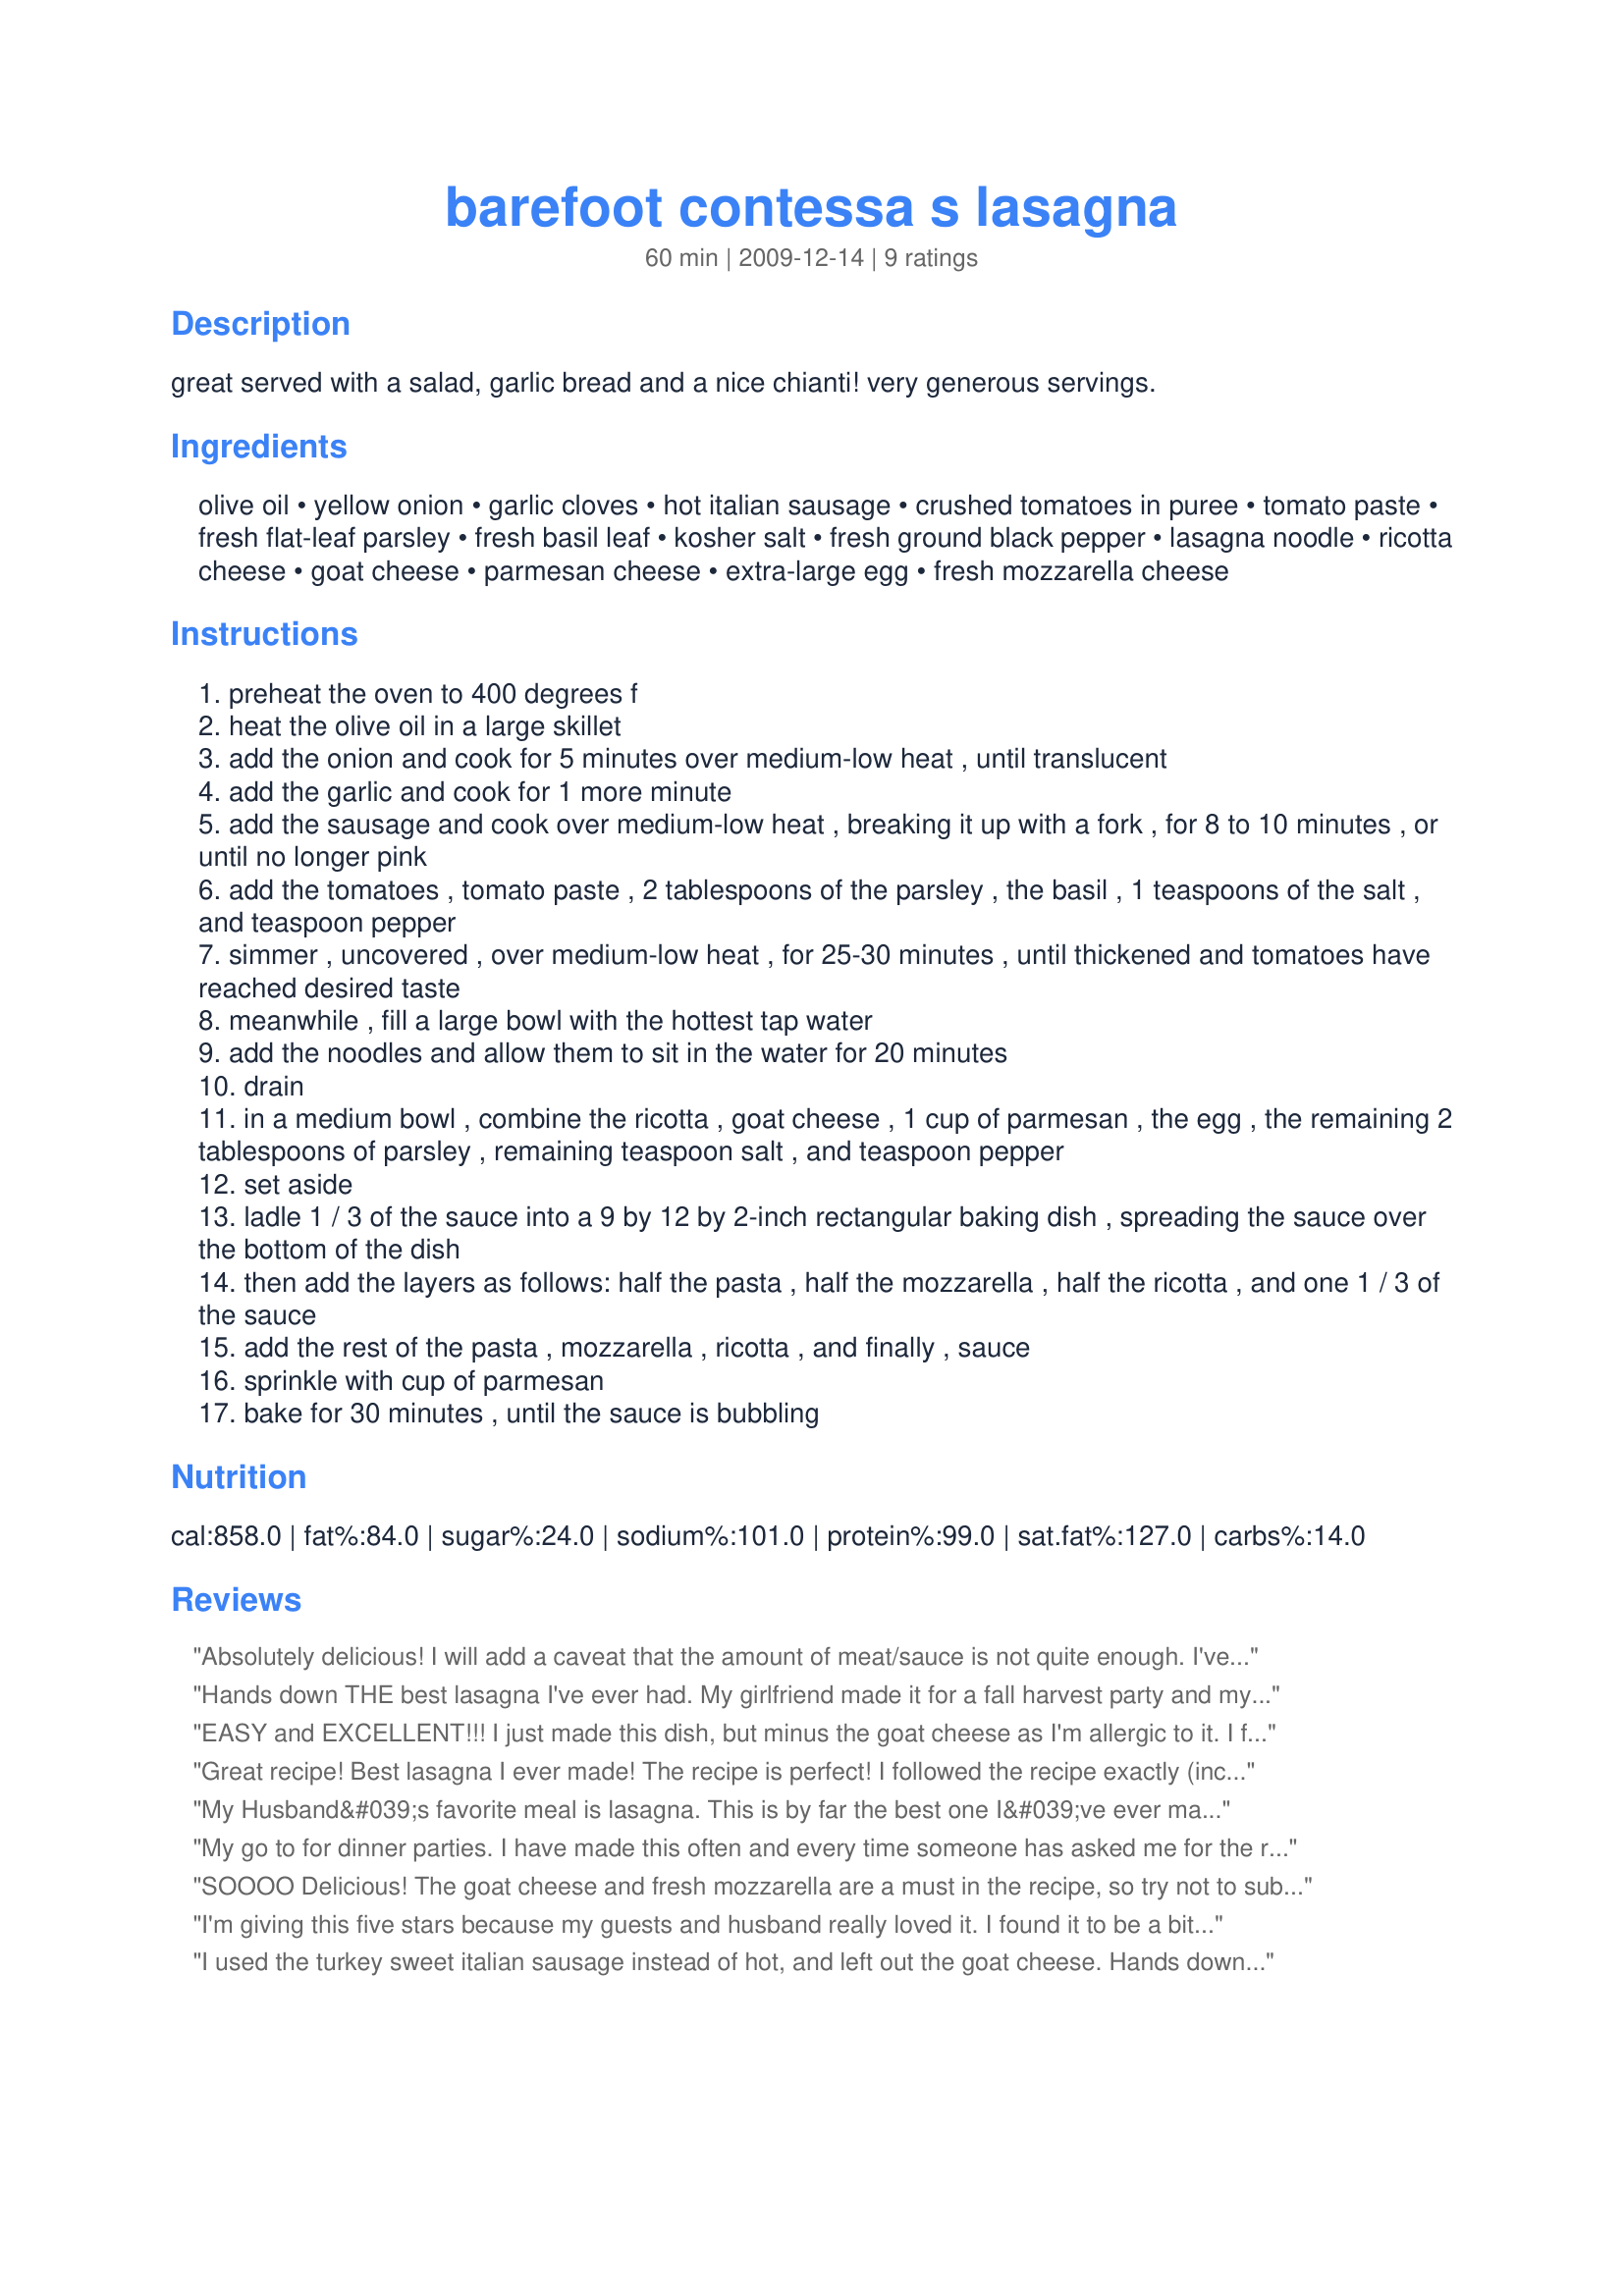
barefoot contessa s lasagna
Preparation time: 60 minutes

great served with a salad, garlic bread and a nice chianti! very generous servings.

Ingredients:
olive oil, yellow onion, garlic cloves, hot italian sausage, crushed tomatoes in puree, tomato paste, fresh flat-leaf parsley, fresh basil leaf, kosher salt, fresh ground black pepper, lasagna noodle, ricotta cheese, goat cheese, parmesan cheese, extra-large egg, fresh mozzarella cheese

Steps:
preheat the oven to 400 degrees f
heat the olive oil in a large skillet
add the onion and cook for 5 minutes over medium-low heat , until translucent
add the garlic and cook for 1 more minute
add the sausage and cook over medium-low heat , breaking it up with a fork , for 8 to 10 minutes , or until no longer pink
add the tomatoes , tomato paste , 2 tablespoons of the parsley , the basil , 1 teaspoons of the salt , and teaspoon pepper
simmer , uncovered , over medium-low heat , for 25-30 minutes , until thickened and tomatoes have reached desired taste
meanwhile , fill a large bowl with the hottest tap water
add the noodles and allow them to sit in the water for 20 minutes
drain
in a medium bowl , combine the ricotta , goat cheese , 1 cup of parmesan , the egg , the remaining 2 tablespoons of parsley , remaining teaspoon salt , and teaspoon pepper
set aside
ladle 1 / 3 of the sauce into a 9 by 12 by 2-inch rectangular baking dish , spreading the sauce over the bottom of the dish
then add the layers as follows: half the pasta , half the mozzarella , half the ricotta , and one 1 / 3 of the sauce
add the rest of the pasta , mozzarella , ricotta , and finally , sauce
sprinkle with cup of parmesan
bake for 30 minutes , until the sauce is bubbling

Reviews:
Absolutely delicious! I will add a caveat that the amount of meat/sauce is not quite enough. I've made lasagne many times over the years and I could tell it wasn't enough so I added one jar of prepared ragu and 1/4 lb. ground beef. I also added a little bit of water at the end. I would make sure you have the sauce on hand just in case you feel you need to add it like I did.
Hands down THE best lasagna I've ever had. My girlfriend made it for a fall harvest party and my husband asked her if he could have some to bring home! I am planning to make it for the Thanksgiving weekend to feed some house guests.
EASY and EXCELLENT!!! I just made this dish, but minus the goat cheese as I'm allergic to it. I followed this recipe exactly and cooked the onions/garlic/sausage etc in a Le Crueset dutch oven. This came out soooooooo good. It's definitely going to be a staple in my book. It has a kick to it since the recipe calls for spicy sausage, but sweet sausage (or half sweet half spicy) would work well too.
Great recipe! Best lasagna I ever made! The recipe is perfect! I followed the recipe exactly (including adding the goat cheese!) it turned out perfect! I think this is the only lasagna I&#039;m going to make from now on.
My Husband&#039;s favorite meal is lasagna. This is by far the best one I&#039;ve ever made for him. So rich and flavorful! My entire family and extended family loves it. Never had one person I&#039;ve made it for not rave about it. Making it tonight for my baby&#039;s third birthday!
My go to for dinner parties. I have made this often and every time someone has asked me for the recipe. It is a perfect recipe.
SOOOO Delicious! The goat cheese and fresh mozzarella are a must in the recipe, so try not to substitute those. I also love the turkey sausage, it gives it such a nice flavor. This is my new go to lasagna recipe. Try it, you won't regret it!
I'm giving this five stars because my guests and husband really loved it. I found it to be a bit too cheesy/salty. If I were to make it again I'd cut back on the mozzarella to 3/4lb. Fresh mozzarella definitely makes all the difference. I was suprised at how well it held up with only two layers of pasta. I did use whole wheat sheets of pasta, which I think helped. (Couldn't tell they were whole wheat)
I used the turkey sweet italian sausage instead of hot, and left out the goat cheese. Hands down, the best lasagna I ever ate. It's time consuming, it took me closer to 2 hours, but well worth it!
